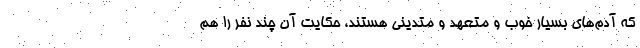
که آدم‌های بسیار خوب و متعهد و متدینی هستند، حکایت آن چند نفر را هم